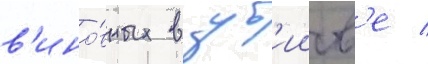
в'ино́вных в уб'ииств'е /